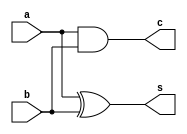
module half_adder(a,b,s,c);
    input a,b;
    output s,c;
    
    xor x1(s,a,b);
    and a1(c,a,b);
endmodule

module full_adder(a,b,cin,sum,cout);
    input a,b,cin;
    output sum,cout;
    wire x,y,z;

    half_adder h1 (a,b,x,y);
    half_adder h2 (x,cin,sum,z);
    or o1(cout,y,z);

endmodule

module paralleladder11bit (a,b,cin,sum,cout);
    input [10:0]a,b;
    input cin;
    
    output cout;
    output [10:0]sum;

    wire [9:0]c;

    full_adder fa0(a[0],b[0],cin,sum[0],c[0]);
    full_adder fa1(a[1],b[1],c[0],sum[1],c[1]);
    full_adder fa2(a[2],b[2],c[1],sum[2],c[2]);
    full_adder fa3(a[3],b[3],c[2],sum[3],c[3]);
    full_adder fa4(a[4],b[4],c[3],sum[4],c[4]);
    full_adder fa5(a[5],b[5],c[4],sum[5],c[5]);
    full_adder fa6(a[6],b[6],c[5],sum[6],c[6]);
    full_adder fa7(a[7],b[7],c[6],sum[7],c[7]);
    full_adder fa8(a[8],b[8],c[7],sum[8],c[8]);
    full_adder fa9(a[9],b[9],c[8],sum[9],c[9]);
    full_adder fa10(a[10],b[10],c[9],sum[10],cout);

endmodule